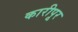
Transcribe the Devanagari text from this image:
कारीपूर